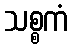
သစ္စကံ